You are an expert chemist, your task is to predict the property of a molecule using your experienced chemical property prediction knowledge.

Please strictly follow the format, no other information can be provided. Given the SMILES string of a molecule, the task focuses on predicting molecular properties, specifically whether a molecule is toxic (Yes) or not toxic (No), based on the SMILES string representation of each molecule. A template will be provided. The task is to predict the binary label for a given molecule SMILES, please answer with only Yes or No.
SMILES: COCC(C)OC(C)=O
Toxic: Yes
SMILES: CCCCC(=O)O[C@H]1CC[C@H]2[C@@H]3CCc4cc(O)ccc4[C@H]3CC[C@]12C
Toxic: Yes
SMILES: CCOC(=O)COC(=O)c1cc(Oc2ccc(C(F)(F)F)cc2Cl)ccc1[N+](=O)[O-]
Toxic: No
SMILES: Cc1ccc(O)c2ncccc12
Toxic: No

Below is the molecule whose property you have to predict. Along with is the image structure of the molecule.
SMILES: CCCCC(CC)COC(=O)CS
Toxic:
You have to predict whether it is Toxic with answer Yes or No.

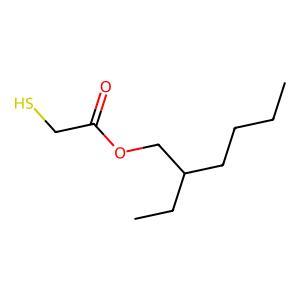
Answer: No